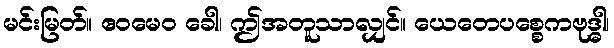
မင်းမြတ်။ ဧဝမေဝ ခေါ၊ ဤအတူသာလျှင်။ ယေတေပစ္စေကဗုဒ္ဓါ၊